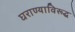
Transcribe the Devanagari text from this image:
घराण्याविरूद्ध